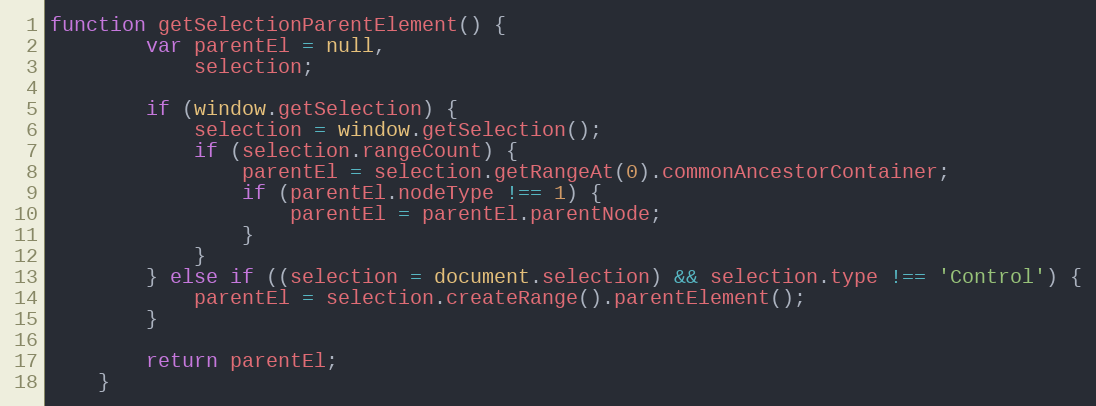
Language: JavaScript
function getSelectionParentElement() {
        var parentEl = null,
            selection;

        if (window.getSelection) {
            selection = window.getSelection();
            if (selection.rangeCount) {
                parentEl = selection.getRangeAt(0).commonAncestorContainer;
                if (parentEl.nodeType !== 1) {
                    parentEl = parentEl.parentNode;
                }
            }
        } else if ((selection = document.selection) && selection.type !== 'Control') {
            parentEl = selection.createRange().parentElement();
        }

        return parentEl;
    }